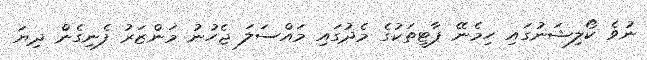
ނުވެ ކޯލިޝަނުގައި ހިމެނޭ ޕާޓީތަކުގެ މެދުގައި މައްސަލަ ޖެހުނު މަންޒަރު ފެނިގެން ދިޔަ